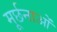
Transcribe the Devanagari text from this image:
मूर्छनाओं